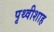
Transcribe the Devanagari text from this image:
पृथ्वीशाह